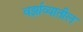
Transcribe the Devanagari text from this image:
वर्झाव्यातील